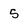
Character: 5